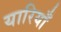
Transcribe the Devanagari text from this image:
यारियाँ